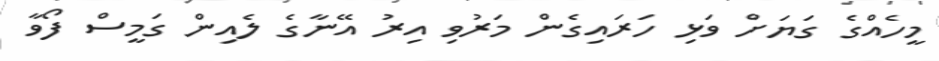
މީހެއްގެ ގަޔަށް ވަޅި ހަރައިގެން މަރުވި އިރު އޭނާގެ ލެއިން ގަމީސް ފޯވާ